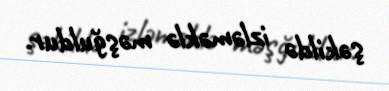
şəkildə izləməklə məşğuldur.